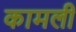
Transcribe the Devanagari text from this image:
कामली